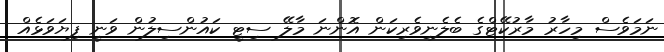
ނަމަވެސް މިހާރު މާރުކޭޓްގެ ބެލެނިވެރިކަން އޮންނަ މާލޭ ސިޓީ ކައުންސިލުން ވަނީ ފިޔަވަޅެއް